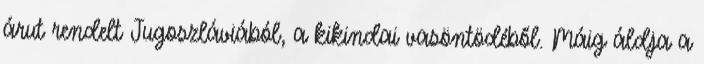
árut rendelt Jugoszláviából, a kikindai vasöntödéből. Máig áldja a